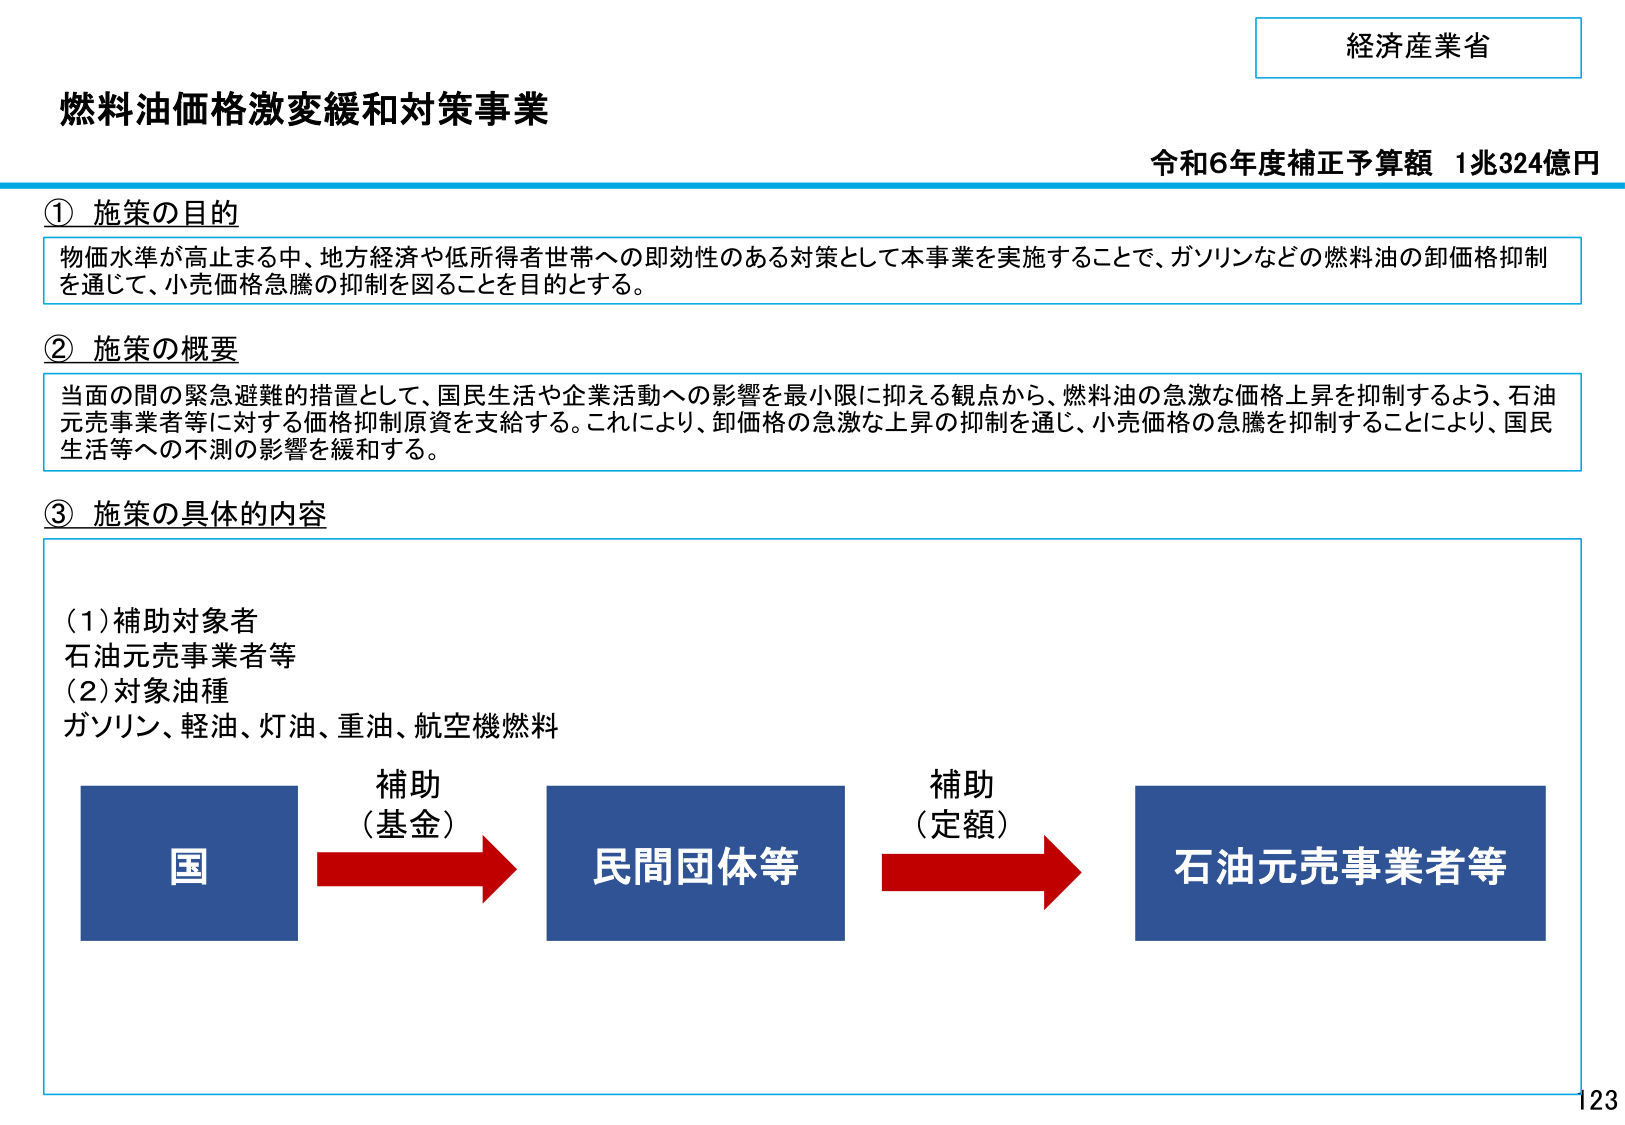
経済産業省
燃料油価格激変緩和対策事業
令和6年度補正予算額 1兆324億円

① 施策の目的
物価水準が高止まる中、地方経済や低所得者世帯への即効性のある対策として本事業を実施することで、ガソリンなどの燃料油の卸価格抑制を通じて、小売価格急騰の抑制を図ることを目的とする。

② 施策の概要
当面の間の緊急避難的措置として、国民生活や企業活動への影響を最小限に抑える観点から、燃料油の急激な価格上昇を抑制するよう、石油元売事業者等に対する価格抑制原資を支給する。これにより、卸価格の急激な上昇の抑制を通じ、小売価格の急騰を抑制することにより、国民生活等への不測の影響を緩和する。

③ 施策の具体的な内容
(1) 補助対象者
石油元売事業者等
(2) 対象油種
ガソリン、軽油、灯油、重油、航空機燃料

国 → 補助（基金） → 民間団体等 → 補助（定額） → 石油元売事業者等

123